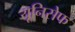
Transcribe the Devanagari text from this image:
यूनिसेेफ